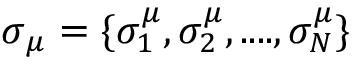
\boldsymbol \sigma _ { \mu } = \{ \sigma _ { 1 } ^ { \mu } , \sigma _ { 2 } ^ { \mu } , . . . . , \sigma _ { N } ^ { \mu } \}